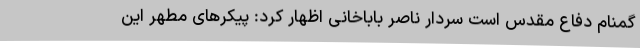
گمنام دفاع مقدس است سردار ناصر باباخانی اظهار کرد: پیکرهای مطهر این